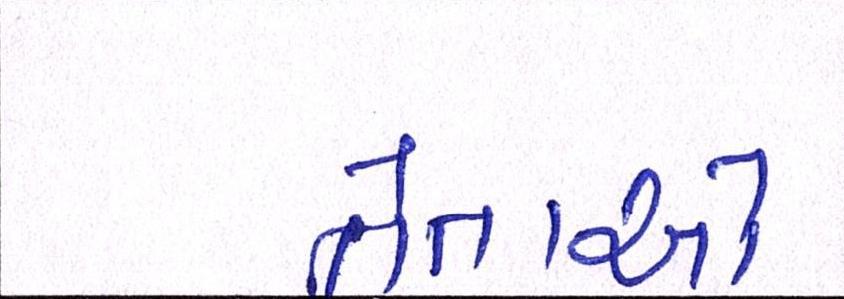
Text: નેતાએ